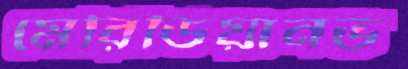
মেরিডিয়ানভ